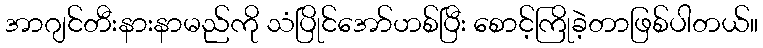
အာဂျင်တီးနားနာမည်ကို သံပြိုင်အော်ဟစ်ပြီး စောင့်ကြိုခဲ့တာဖြစ်ပါတယ်။